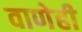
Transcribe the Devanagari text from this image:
वाणेही